Vana-Kasaritsa_(Kasaritsa)_vallavalitsus, lk 12
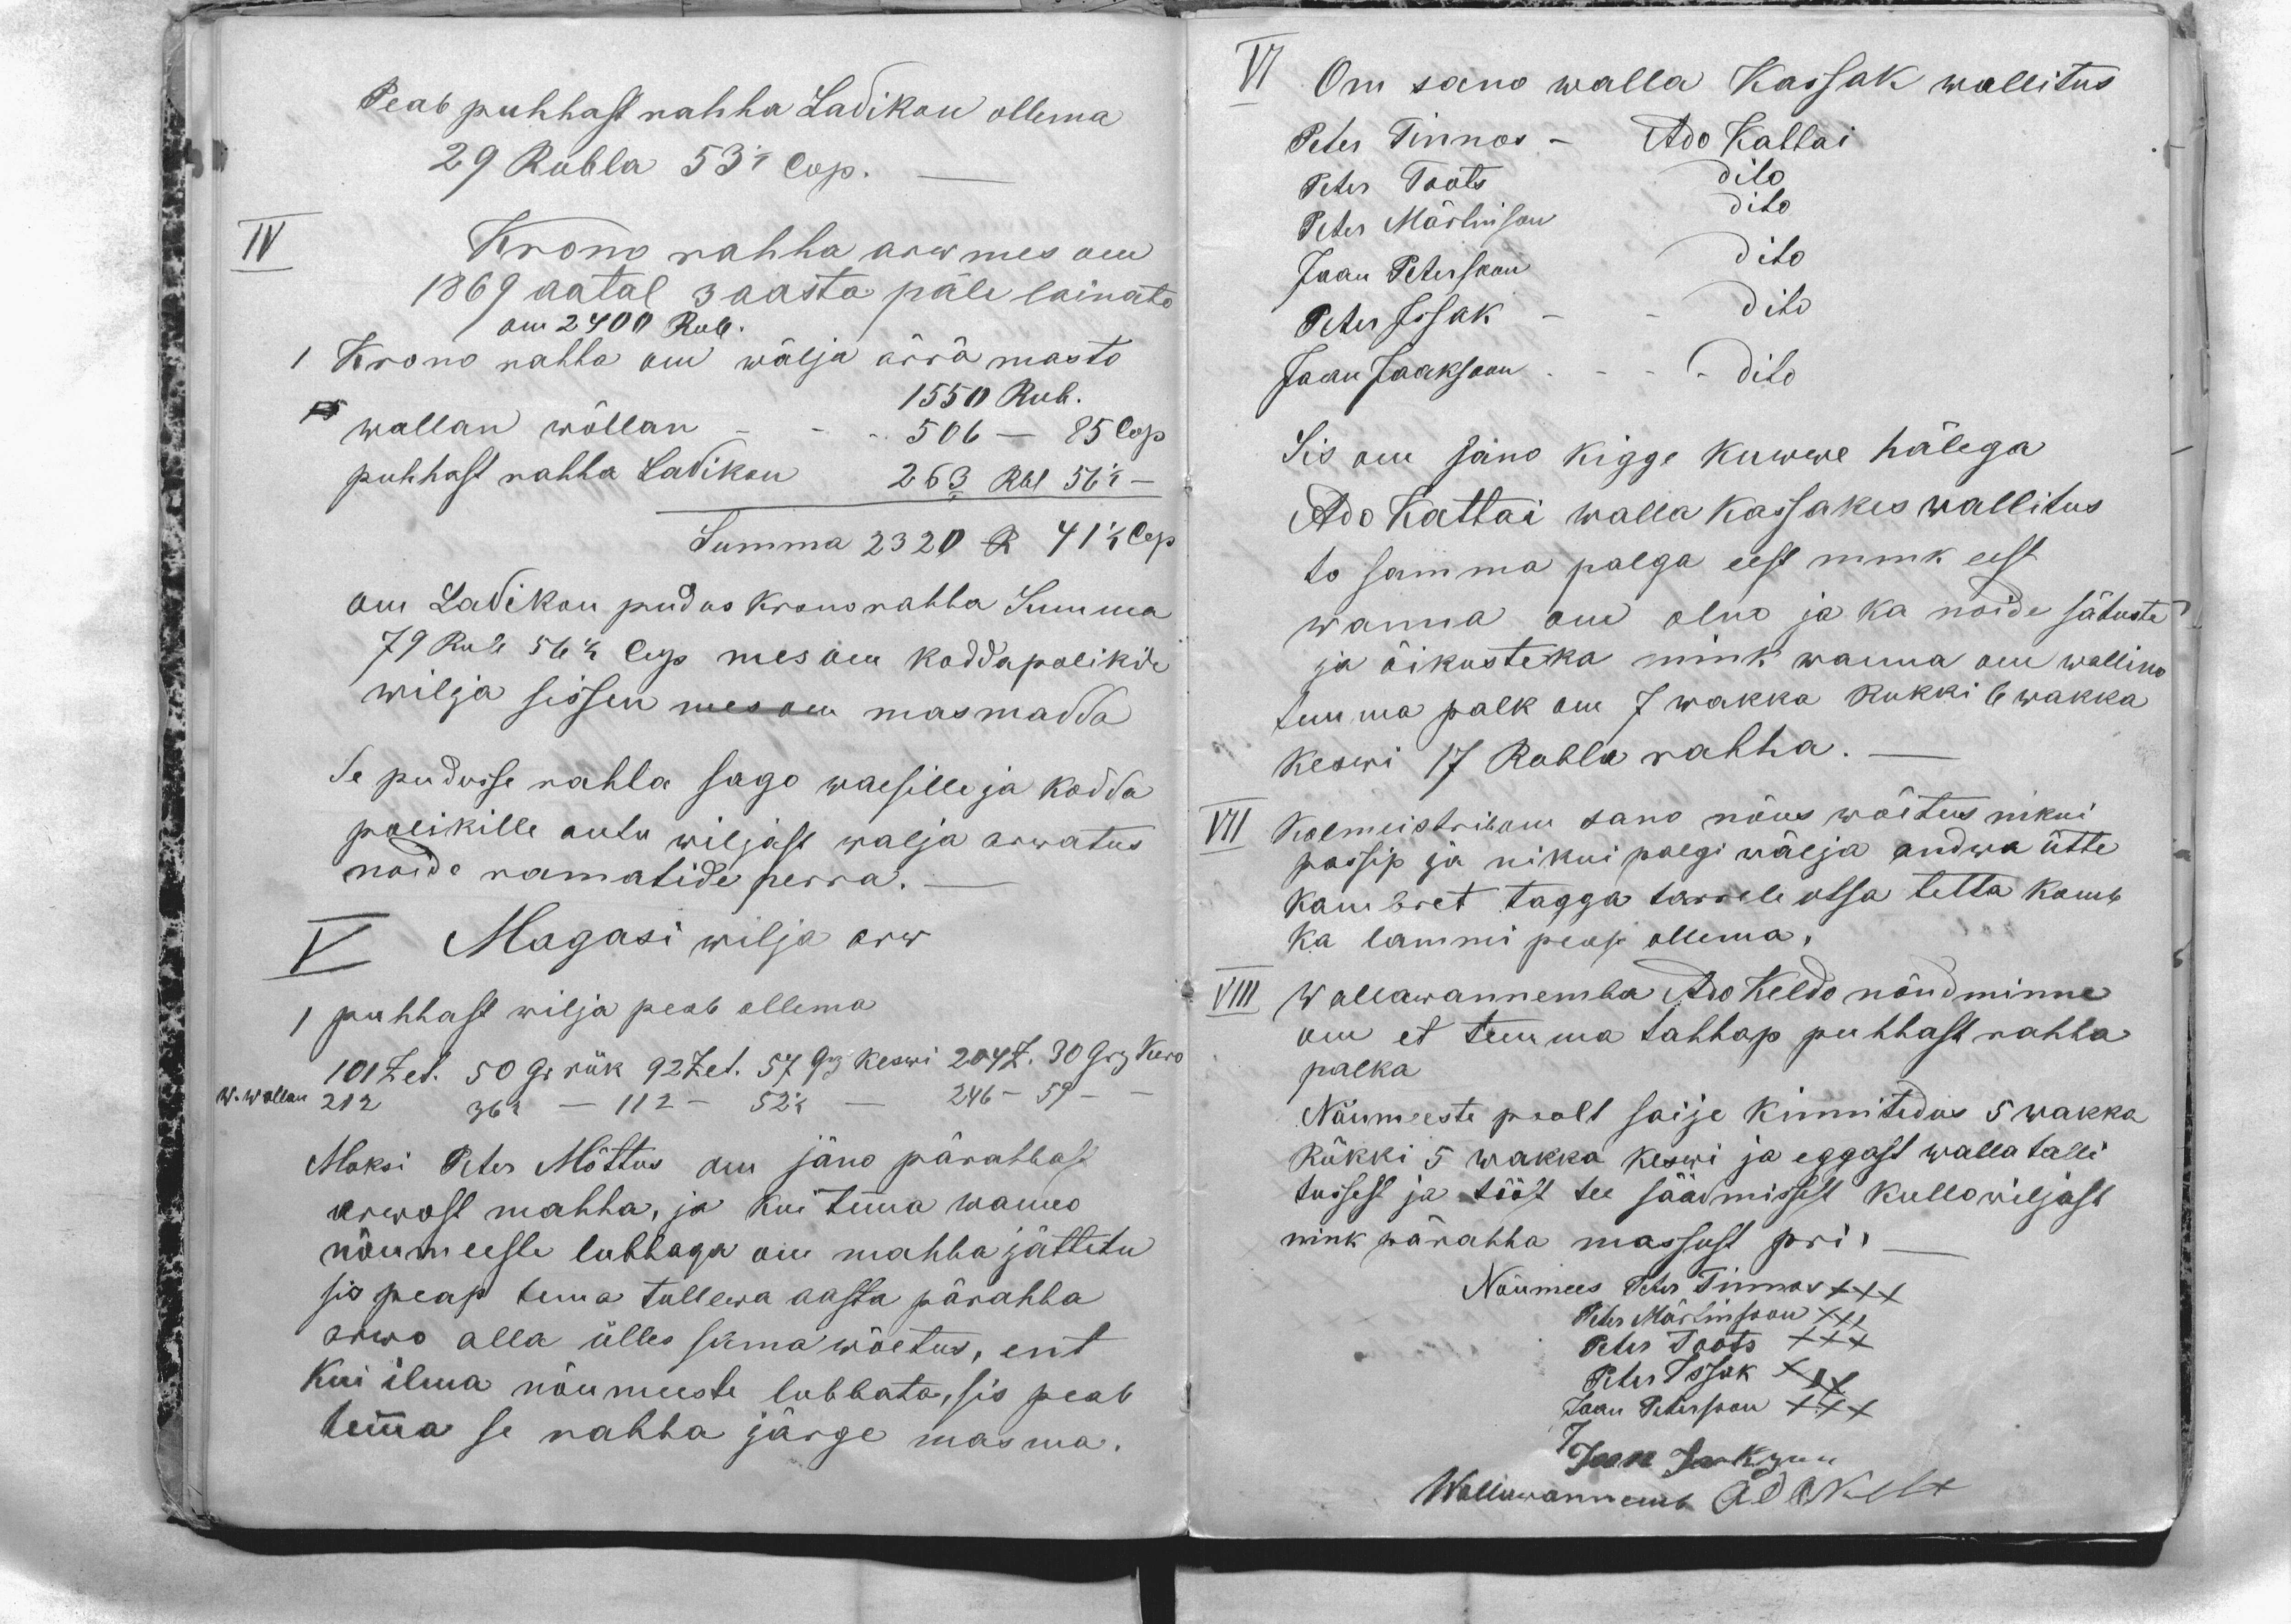
Peab puhhast rahha Ladikan ollema
29 Rubla 53 1/2 Cop.-
IV Krono rahha arw mes om
1869 aatal 3-aasta päle lainato
om 2400 Rub.
1 Krono rahha om wälja ärra masto
1550 Rub.
wallan wõllan - - - 506 - 85 Cop
puhhast rahha Ladikan 263 Rbl 56 1/2 -
Summa 2320 R 41 1/2 Cop
om Ladikan pudus Krono rahha Summa
79 Rub 56 1/2 Cop mes om koddapolikile
wilja sissen mes om masmadda
Se pudusse rahha sago waesille ja kodda
polikille antu wiljast walja arwatus
noide ramatide perra._
V Magasi wilja arw
1 puhhast wilja peab ollema
101 Zet. 50 Gr rük 92 Zet. 57 Grj keswi 204 Z. 30 Grj. Kero
w. wollan 21 Z  36 1/2 - 11Z - 52 1/2 - 246 - 59 -
Maksi Peter Mõttus om jäno pärahhast
arwost mahha, ja kui temma wanno
nõumeeste lubbaga om mahha jättetu
sis peap tema tullewa aasta pärahha
arwo alla ülles sama wõetus, ent
kui ilma nõumeeste lubbata, sis peab
temma se rahha järge masma.

VI Om sano walla Kassak wallitus
Peter Tinnos - Ado Kattai
Peter Toots dito
Peter Märtinson dito
Jaan Petersoon dito
Peter Issak - - dito
Jaan Jaaksoon - - - - dito
Sis om sano kigge kuwwe hälega
Ado Kattai walla kassakes wallitus
to samma palga eest nink eest
wanna om olno ja ka noide sätuste
ja õikusteka nink wanna om wallino
temma palk om 7 wakka Rukki 6 wakka
Keswi 17 Rubla rahha._
VII Kolmeistril om sano nõus wõetus nikui
passip ja nikui palgi wälja andwa ütte
kambret tagga tarrele otsa tetta kamb
ka lammi peab ollema.
VIII Wallawannemba Ado Keldo nõudminne
om et temma tahhap puhhast rahha
palka
Nõumeeste poolt saije kinnitedas 5 wakka
Rükki 5 wakka keswi ja eggast walla talli
tussest ja tööst tee säädmissest kullowiljast
nink pärahha massust pri.-
Nõumees Peter Tinnos XXX
Peter Märtinsoon XXX
Peter Toots XXX
Peter Issak XXX
Jaan Petersoon XXX
Jaan Jaakson
Wallawannemb Ado Kelt